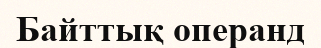
Байттық операнд